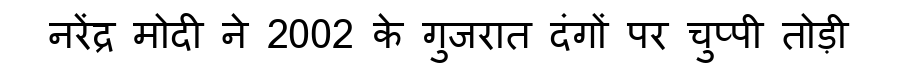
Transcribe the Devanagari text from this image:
नरेंद्र मोदी ने 2002 के गुजरात दंगों पर चुप्पी तोड़ी